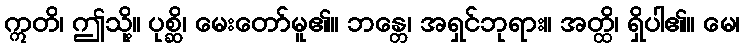
ဣတိ၊ ဤသို့။ ပုစ္ဆိ၊ မေးတော်မူ၏။ ဘန္တေ၊ အရှင်ဘုရား။ အတ္ထိ၊ ရှိပါ၏။ မေ၊